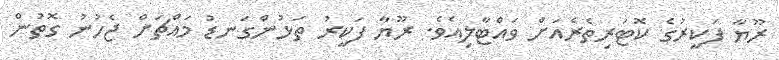
ރޫޔާ ފަކީރުގެ ކޮޓަރިތެރެއަށް ވައްޓާލިއެވެ. ރޫޔާ ފަކީރު ތަޅުންގަނޑު މައްޗަށް ޖެހުނު ގޮތުން